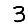
Digit: 3